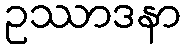
ဥဿာဒနာ